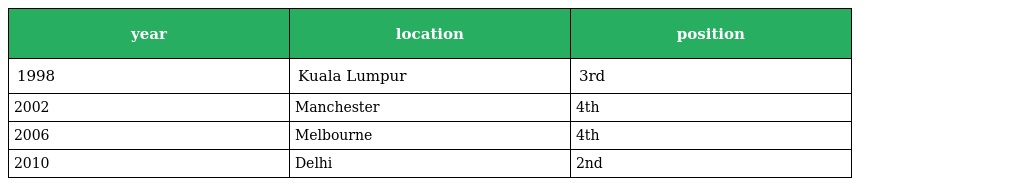
| year | location | position |
 | --- | --- | --- |
 | 1998 | Kuala Lumpur | 3rd |
 | 2002 | Manchester | 4th |
 | 2006 | Melbourne | 4th |
 | 2010 | Delhi | 2nd |